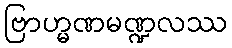
ဗြာဟ္မဏမဏ္ဍလဿ